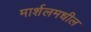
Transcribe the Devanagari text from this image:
मार्शलमधील